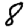
Digit: 8